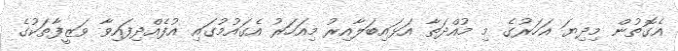
އެގޮތުން މިދިޔަ އަހަރުގެ މި މުއްދަތާ އަޅައިބަލާއިރު މިއަހަރު އެގައުމުގައި އުފެއްދިފައިވާ ވަޒީފާތަކުގެ